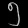
Digit: ၅